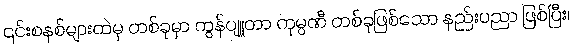
၎င်းစနစ်များထဲမှ တစ်ခုမှာ ကွန်ပျူတာ ကုမ္ပဏီ တစ်ခုဖြစ်သော နည်းပညာ ဖြစ်ပြီး၊